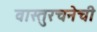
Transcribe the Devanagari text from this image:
वास्तुरचनेची